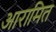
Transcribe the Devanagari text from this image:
आरामित